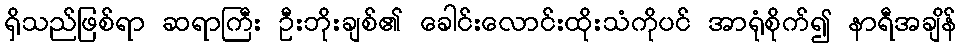
ရှိသည်ဖြစ်ရာ ဆရာကြီး ဦးဘိုးချစ်၏ ခေါင်းလောင်းထိုးသံကိုပင် အာရုံစိုက်၍ နာရီအချိန်